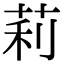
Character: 莉